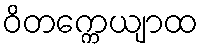
ဝိတက္ကေယျာထ